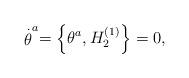
LaTeX: \begin{align*}\stackrel{.}{\theta }^{a}=\left\{ \theta ^{a},H_{2}^{\left( 1\right)}\right\} =0, \end{align*}